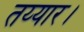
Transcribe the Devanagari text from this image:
तय्यार।